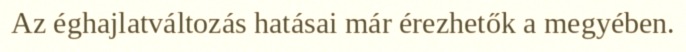
Az éghajlatváltozás hatásai már érezhetők a megyében.